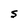
Character: S